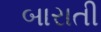
બારાતી